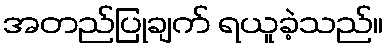
အတည်ပြုချက် ရယူခဲ့သည်။